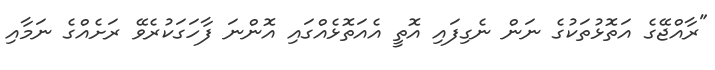
"ރާއްޖޭގެ އަތޮޅުތަކުގެ ނަން ނެގިފައި އޮތީ އެއަތޮޅެއްގައި އޮންނަ ފާހަގަކުރެވޭ ރަށެއްގެ ނަމާއި